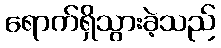
ရောက်ရှိသွားခဲ့သည်